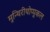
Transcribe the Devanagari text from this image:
मुन्थिरीथोप्पुकल